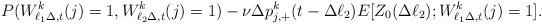
LaTeX: \begin{align*}P(W^k_{\ell_1\Delta,t}(j)=1,W^k_{\ell_2\Delta,t}(j)=1)-\nu\Delta p^k_{j,+}(t-\Delta\ell_2)E[Z_0(\Delta\ell_2);W^k_{\ell_1\Delta,t}(j)=1].\end{align*}